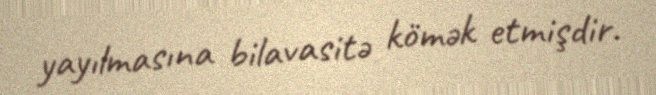
yayılmasına bilavasitə kömək etmişdir.